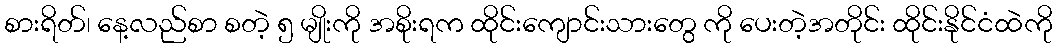
စားရိတ်၊ နေ့လည်စာ စတဲ့ ၅ မျိုးကို အစိုးရက ထိုင်းကျောင်းသားတွေ ကို ပေးတဲ့အတိုင်း ထိုင်းနိုင်ငံထဲကို